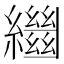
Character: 𦇓